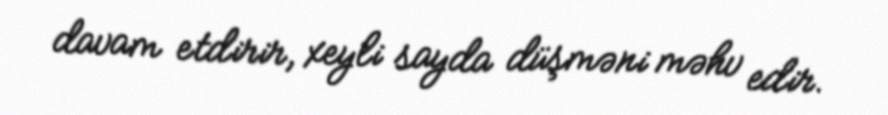
davam etdirir, xeyli sayda düşməni məhv edir.